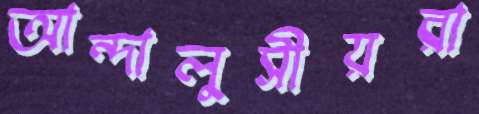
আন্দালুসীয়রা